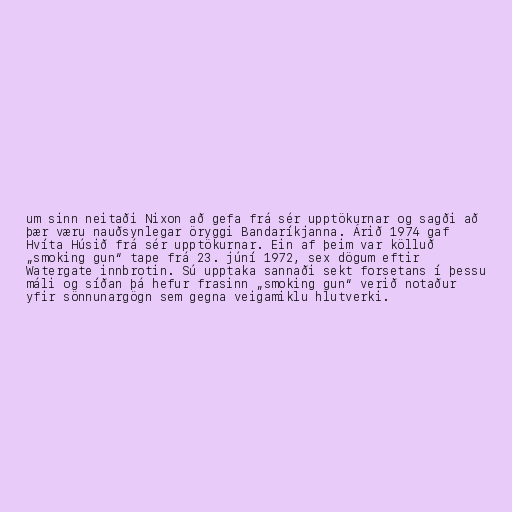
um sinn neitaði Nixon að gefa frá sér upptökurnar og sagði að
þær væru nauðsynlegar öryggi Bandaríkjanna. Árið 1974 gaf
Hvíta Húsið frá sér upptökurnar. Ein af þeim var kölluð
„smoking gun“ tape frá 23. júní 1972, sex dögum eftir
Watergate innbrotin. Sú upptaka sannaði sekt forsetans í þessu
máli og síðan þá hefur frasinn „smoking gun“ verið notaður
yfir sönnunargögn sem gegna veigamiklu hlutverki.